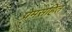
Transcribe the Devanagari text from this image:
प्रेमसहित